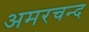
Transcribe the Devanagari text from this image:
अमरचन्द